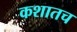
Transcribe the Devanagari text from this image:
कशातच